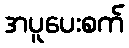
အပူပေးစက်